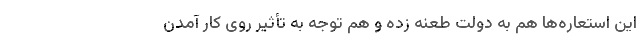
این استعاره‌ها هم به دولت طعنه زده و هم توجه به تأثیر روی کار آمدن